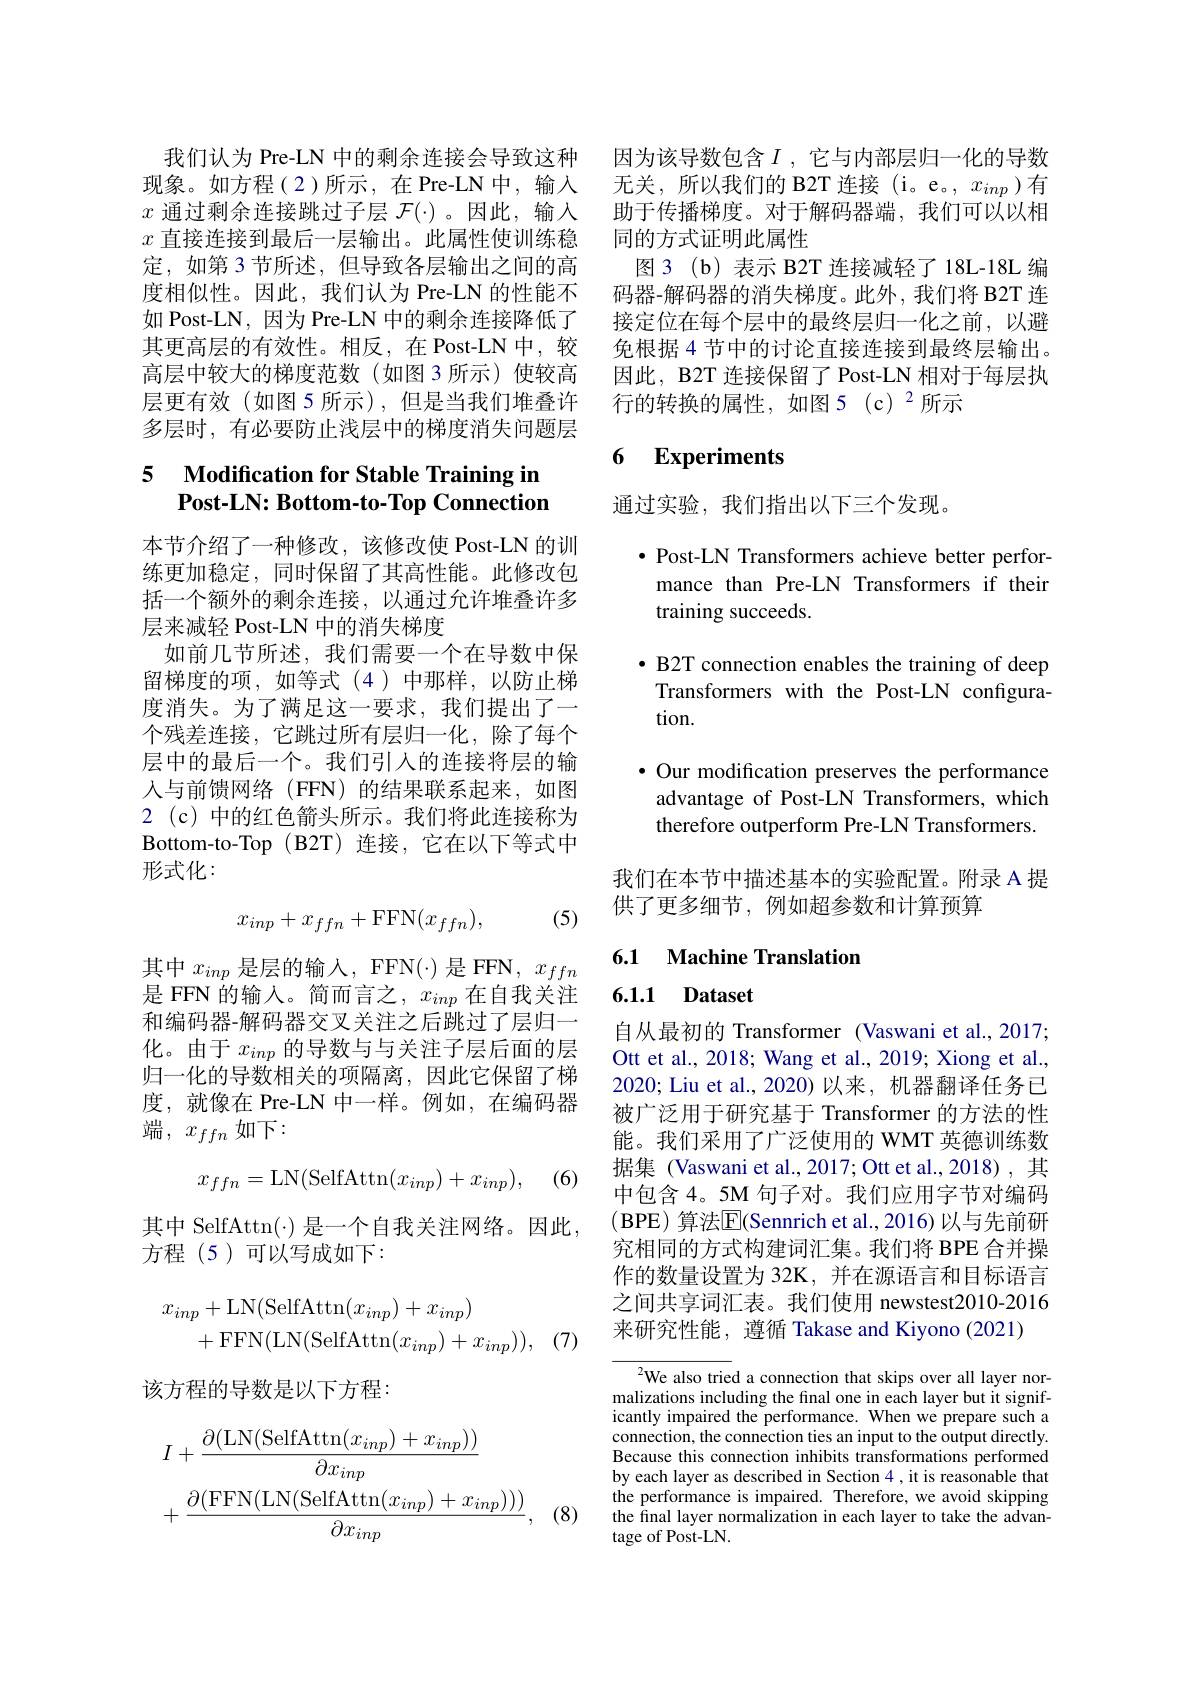
$x$直接连接到最后一层输出。此属性使训练稳定，如第 3 节所述，但导致各层输出之间的高度相似性。因此，我们认为 Pre-LN 的性能不如 Post-LN, 因为 Pre-LN 中的剩余连接降低了其更高层的有效性。相反，在 Post-LN 中，较高层中较大的梯度范数(如图3所示)使较高层更有效(如图5所示),但是当我们堆叠许多层时，有必要防止浅层中的梯度消失问题层

# 5 Modification for Stable Training in $\textbf{Post- LN: Bottom- to- Top Connection}$

本节介绍了一种修改，该修改使 Post-LN 的训练更加稳定，同时保留了其高性能。此修改包括一个额外的剩余连接，以通过允许堆叠许多层来减轻 Post-LN 中的消失梯度
如前几节所述，我们需要一个在导数中保留梯度的项，如等式(4)中那样，以防止梯度消失。为了满足这一要求，我们提出了一个残差连接，它跳过所有层归一化，除了每个层中的最后一个。我们引人的连接将层的输人与前馈网络(FFN)的结果联系起来，如图2 (c) 中的红色箭头所示。我们将此连接称为Bottom- to- Top ( B2T) 连 接 , 它 在 以 下 等 式 中 形式化：

(5)
$$x_{inp}+x_{ffn}+\mathrm{FFN}(x_{ffn}),$$
其中$x_inp$ 是层的输入，FFN(·)是 FFN, $x_ffn$ 是 FFN 的输入。简而言之，$x_inp$在自我关注和编码器-解码器交叉关注之后跳过了层归一化。由于$x_{inp}$的导数与与关注子层后面的层归一化的导数相关的项隔离，因此它保留了梯度，就像在 Pre-LN 中一样。例如，在编码器端，$x_{ffn}$ 如下：
$$x_{ffn}=\mathrm{LN}(\mathrm{SelfAttn}(x_{inp})+x_{inp}),$$
(6)

其中 SelfAttn(·) 是一个自我关注网络。因此，
方程(5)可以写成如下：
$$\begin{aligned}x_{inp}&+\mathrm{LN}(\mathrm{SelfAttn}(x_{inp})+x_{inp})\\&+\mathrm{FFN}(\mathrm{LN}(\mathrm{SelfAttn}(x_{inp})+x_{inp})),\end{aligned}$$
该方程的导数是以下方程：
$$\begin{aligned}&I+\frac{\partial(\mathrm{LN(SelfAttn}(x_{inp})+x_{inp}))}{\partial x_{inp}}\\&+\frac{\partial(\mathrm{FFN(LN(SelfAttn}(x_{inp})+x_{inp})))}{\partial x_{inp}},\end{aligned}$$
(8)

我们认为 Pre-LN 中的剩余连接会导致这种 因为该导数包含$I$ ,它与内部层归一化的导数现象。如方程(2)所示，在 Pre-LN 中，输入 无关，所以我们的 B2T 连接 (i。e。, $x_{inp}$)有$x$通过剩余连接跳过子层$\mathcal{F}(\cdot)$ 。因此，输入 助于传播梯度。对于解码器端，我们可以以相
同的方式证明此属性
图3(b)表示 B2T 连接减轻了 18L-18L 编码器-解码器的消失梯度。此外，我们将 B2T 连接定位在每个层中的最终层归一化之前，以避免根据 4 节中的讨论直接连接到最终层输出。因此，B2T 连接保留了 Post-LN 相对于每层执$行的转换的属性，如图5(c)^2所示$

# 6 Experiments

通过实验，我们指出以下三个发现。

· Post-LN Transformers achieve better perfor-

mance than Pre-LN Transformers if their

training succeeds.

· B2T connection enables the training of deep
Transformers with the Post-LN configura-
tion.

$\bullet$ Our modification preserves the performance
advantage of Post-LN Transformers, which therefore outperform Pre-LN Transformers.

我们在本节中描述基本的实验配置。附录 A 提
供了更多细节，例如超参数和计算预算

6.1 Machine Translation

## 6.1.1 Dataset

自从最初的 Transformer (Vaswani et al.,2017; Ott et al., 2018; Wang et al., 2019; Xiong et al., 2020; Liu et al., 2020)以来，机器翻译任务已被广泛用于研究基于 Transformer 的方法的性能。我们采用了广泛使用的 WMT 英德训练数据集 (Vaswani et al.,2017; Ott et al.,2018),其中包含 4。5M 句子对。我们应用字节对编码(BPE) 算法$\overline{\mathrm{E}}($Sennrich et al.,2016) 以与先前研究相同的方式构建词汇集。我们将 BPE 合并操作的数量设置为 32K, 并在源语言和目标语言之间共享词汇表。我们使用 newstest2010-2016来研究性能，遵循 Takase and Kiyono (2021)

$^{2}$We also tried a connection that skips over all layer normalizations including the final one in each layer but it significantly impaired the performance. When we prepare such a connection, the connection ties an input to the output directly. Because this connection inhibits transformations performed by each layer as described in Section 4, it is reasonable that the performance is impaired. Therefore, we avoid skipping the final layer normalization in each layer to take the advantage of Post-LN.